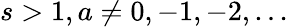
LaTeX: s>1,a\ne 0,-1,-2,...